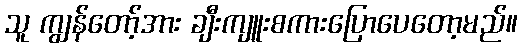
သူ ကျွန်တော့်အား ချီးကျူးစကားပြောပေတော့မည်။